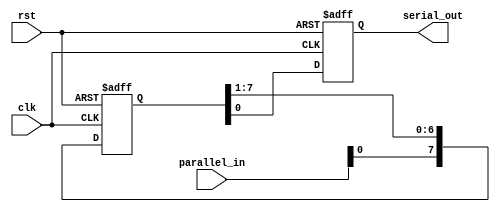
module piso_shift_register (input clk, input rst, input [7:0] parallel_in, output serial_out);

reg [7:0] shift_register;
reg serial_out_reg;

always @(posedge clk or posedge rst) begin
    if (rst) begin
        shift_register <= 8'b0;
        serial_out_reg <= 1'b0;
    end else begin
        shift_register <= { parallel_in, shift_register[7:1] };
        serial_out_reg <= shift_register[0];
    end
end

assign serial_out = serial_out_reg;

endmodule